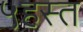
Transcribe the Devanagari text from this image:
५हस्त